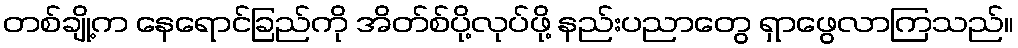
တစ်ချို့က နေရောင်ခြည်ကို အိတ်စ်ပို့လုပ်ဖို့ နည်းပညာတွေ ရှာဖွေလာကြသည်။